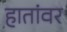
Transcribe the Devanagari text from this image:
हातांवर